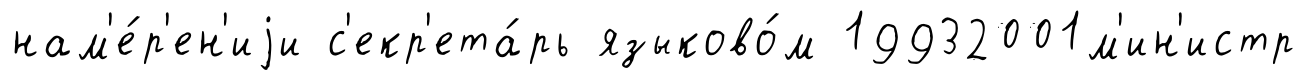
нам'е́р'ен'иjи с'екр'ета́рь языково́м 19932001м'ин'истр